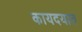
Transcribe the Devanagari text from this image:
कायदयात